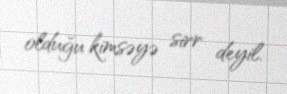
olduğu kimsəyə sirr deyil.